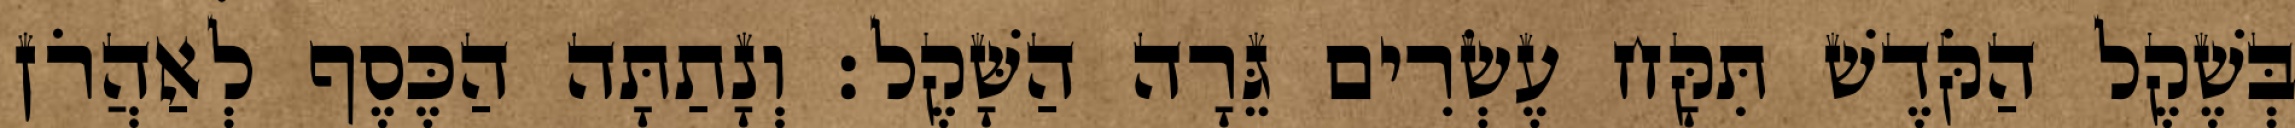
בְּשֶׁקֶל הַקֹּדֶשׁ תִּקָּח עֶשְׂרִים גֵּרָה הַשָּׁקֶל׃ וְנָתַתָּה הַכֶּסֶף לְאַהֲרֹן